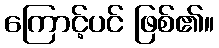
ကြောင့်ပင် ဖြစ်၏။